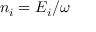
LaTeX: n _ { i } = E _ { i } / \omega